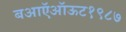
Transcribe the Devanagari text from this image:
बआऍऑऊट१९८७